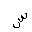
Letter: _sin